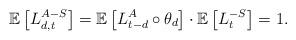
LaTeX: \begin{align*}\mathbb{E} \left[ L^{A-S}_{d,t} \right] = \mathbb{E}\left[ L^{A}_{t-d} \circ \theta_{d} \right] \cdot \mathbb{E}\left[ L^{-S}_{t} \right] = 1.\end{align*}